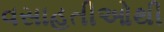
વસાહતીઓથી